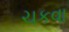
ચકવા